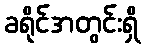
ခရိုင်အတွင်းရှိ